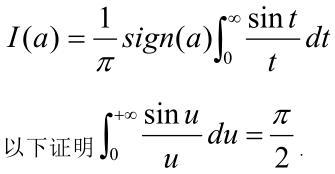
\[
I(a) = \frac{1}{\pi} \mathrm{sign}(a) \int_{0}^{\infty} \frac{\sin t}{t} dt
\]

以下证明\(\int_{0}^{+\infty} \frac{\sin u}{u} du = \frac{\pi}{2}\)。